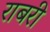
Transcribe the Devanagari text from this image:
राबरी